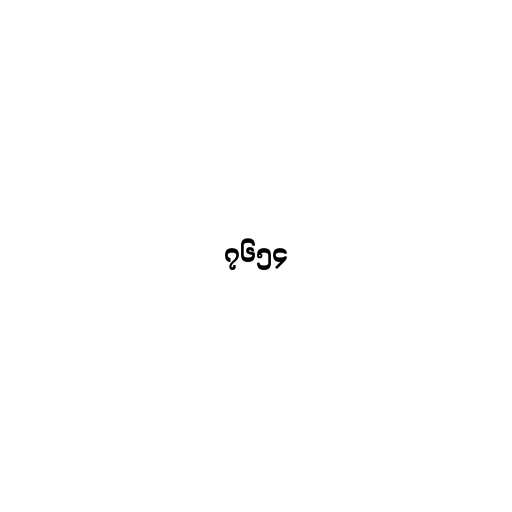
၇၆၅၄